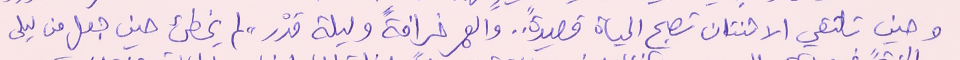
وحين تلتقي الاثنتان تصبح الحياة قصيدة" .. والعمر خرافةً وليلة قدْر" لم يخطىء حين جعل من ليلى